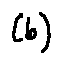
( b )